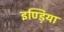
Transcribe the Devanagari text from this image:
इण्ड़िया